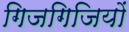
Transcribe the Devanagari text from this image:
गिजगिजियों